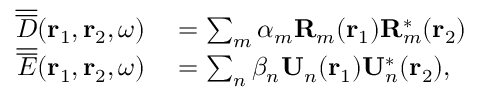
\begin{array} { r l } { \overline { { \overline { { D } } } } ( { \bf r } _ { 1 } , { \bf r } _ { 2 } , \omega ) } & { { } = \sum _ { m } \alpha _ { m } { \bf R } _ { m } ( { \bf r } _ { 1 } ) { \bf R } _ { m } ^ { \ast } ( { \bf r } _ { 2 } ) } \\ { \overline { { \overline { { E } } } } ( { \bf r } _ { 1 } , { \bf r } _ { 2 } , \omega ) } & { { } = \sum _ { n } \beta _ { n } { \bf U } _ { n } ( { \bf r } _ { 1 } ) { \bf U } _ { n } ^ { \ast } ( { \bf r } _ { 2 } ) , } \end{array}